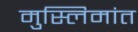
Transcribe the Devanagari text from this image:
मुस्लिमांत